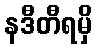
နဒီတီရမှိ